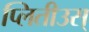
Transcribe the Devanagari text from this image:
प्लितीउस्